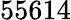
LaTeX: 55614